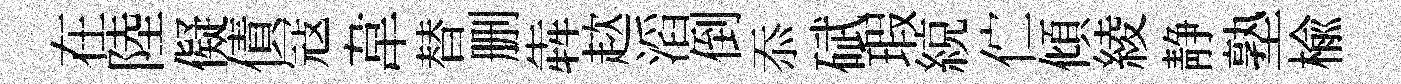
在陸儗債冦韋替删犇趑滔倒忝碔瑕綂伫傾綾静塾楡